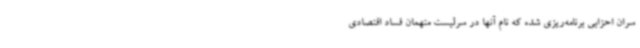
سران احزابی برنامه‌ریزی شده که نام آنها در سرلیست متهمان فساد اقتصادی